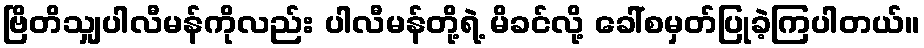
ဗြိတိသျှပါလီမန်ကိုလည်း ပါလီမန်တို့ရဲ့ မိခင်လို့ ခေါ်စမှတ်ပြုခဲ့ကြပါတယ်။